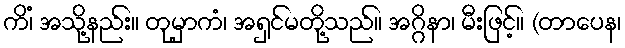
ကိံ၊ အသို့နည်း။ တုမှာကံ၊ အရှင်မတို့သည်။ အဂ္ဂိနာ၊ မီးဖြင့်။ (တာပေန၊